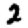
Digit: 2